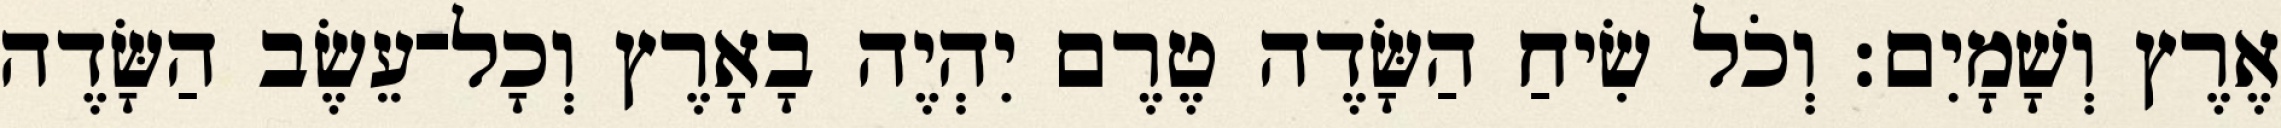
אֶרֶץ וְשָׁמָיִם׃ וְכֹל שִׂיחַ הַשָּׂדֶה טֶרֶם יִהְיֶה בָאָרֶץ וְכָל־עֵשֶׂב הַשָּׂדֶה